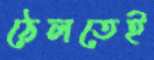
ঠেলতেই